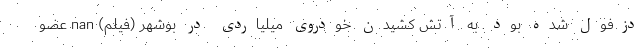
دزفول شده بود. به آتش‌ کشیدن خودروی میلیاردی در بوشهر (فیلم) nan عضو